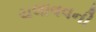
ચલાવવની